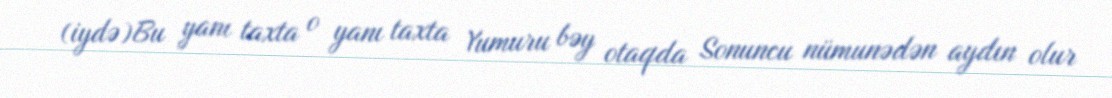
(iydə)Bu yanı taxta o yanı taxta Yumuru bəy otaqda Sonuncu nümunədən aydın olur